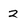
Character: 2